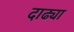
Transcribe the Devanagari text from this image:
दाढ्या